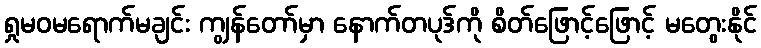
ရှုမဝမရောက်မချင်း ကျွန်တော်မှာ နောက်တပုဒ်ကို စိတ်ဖြောင့်ဖြောင့် မတွေးနိုင်